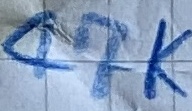
Text: 47K